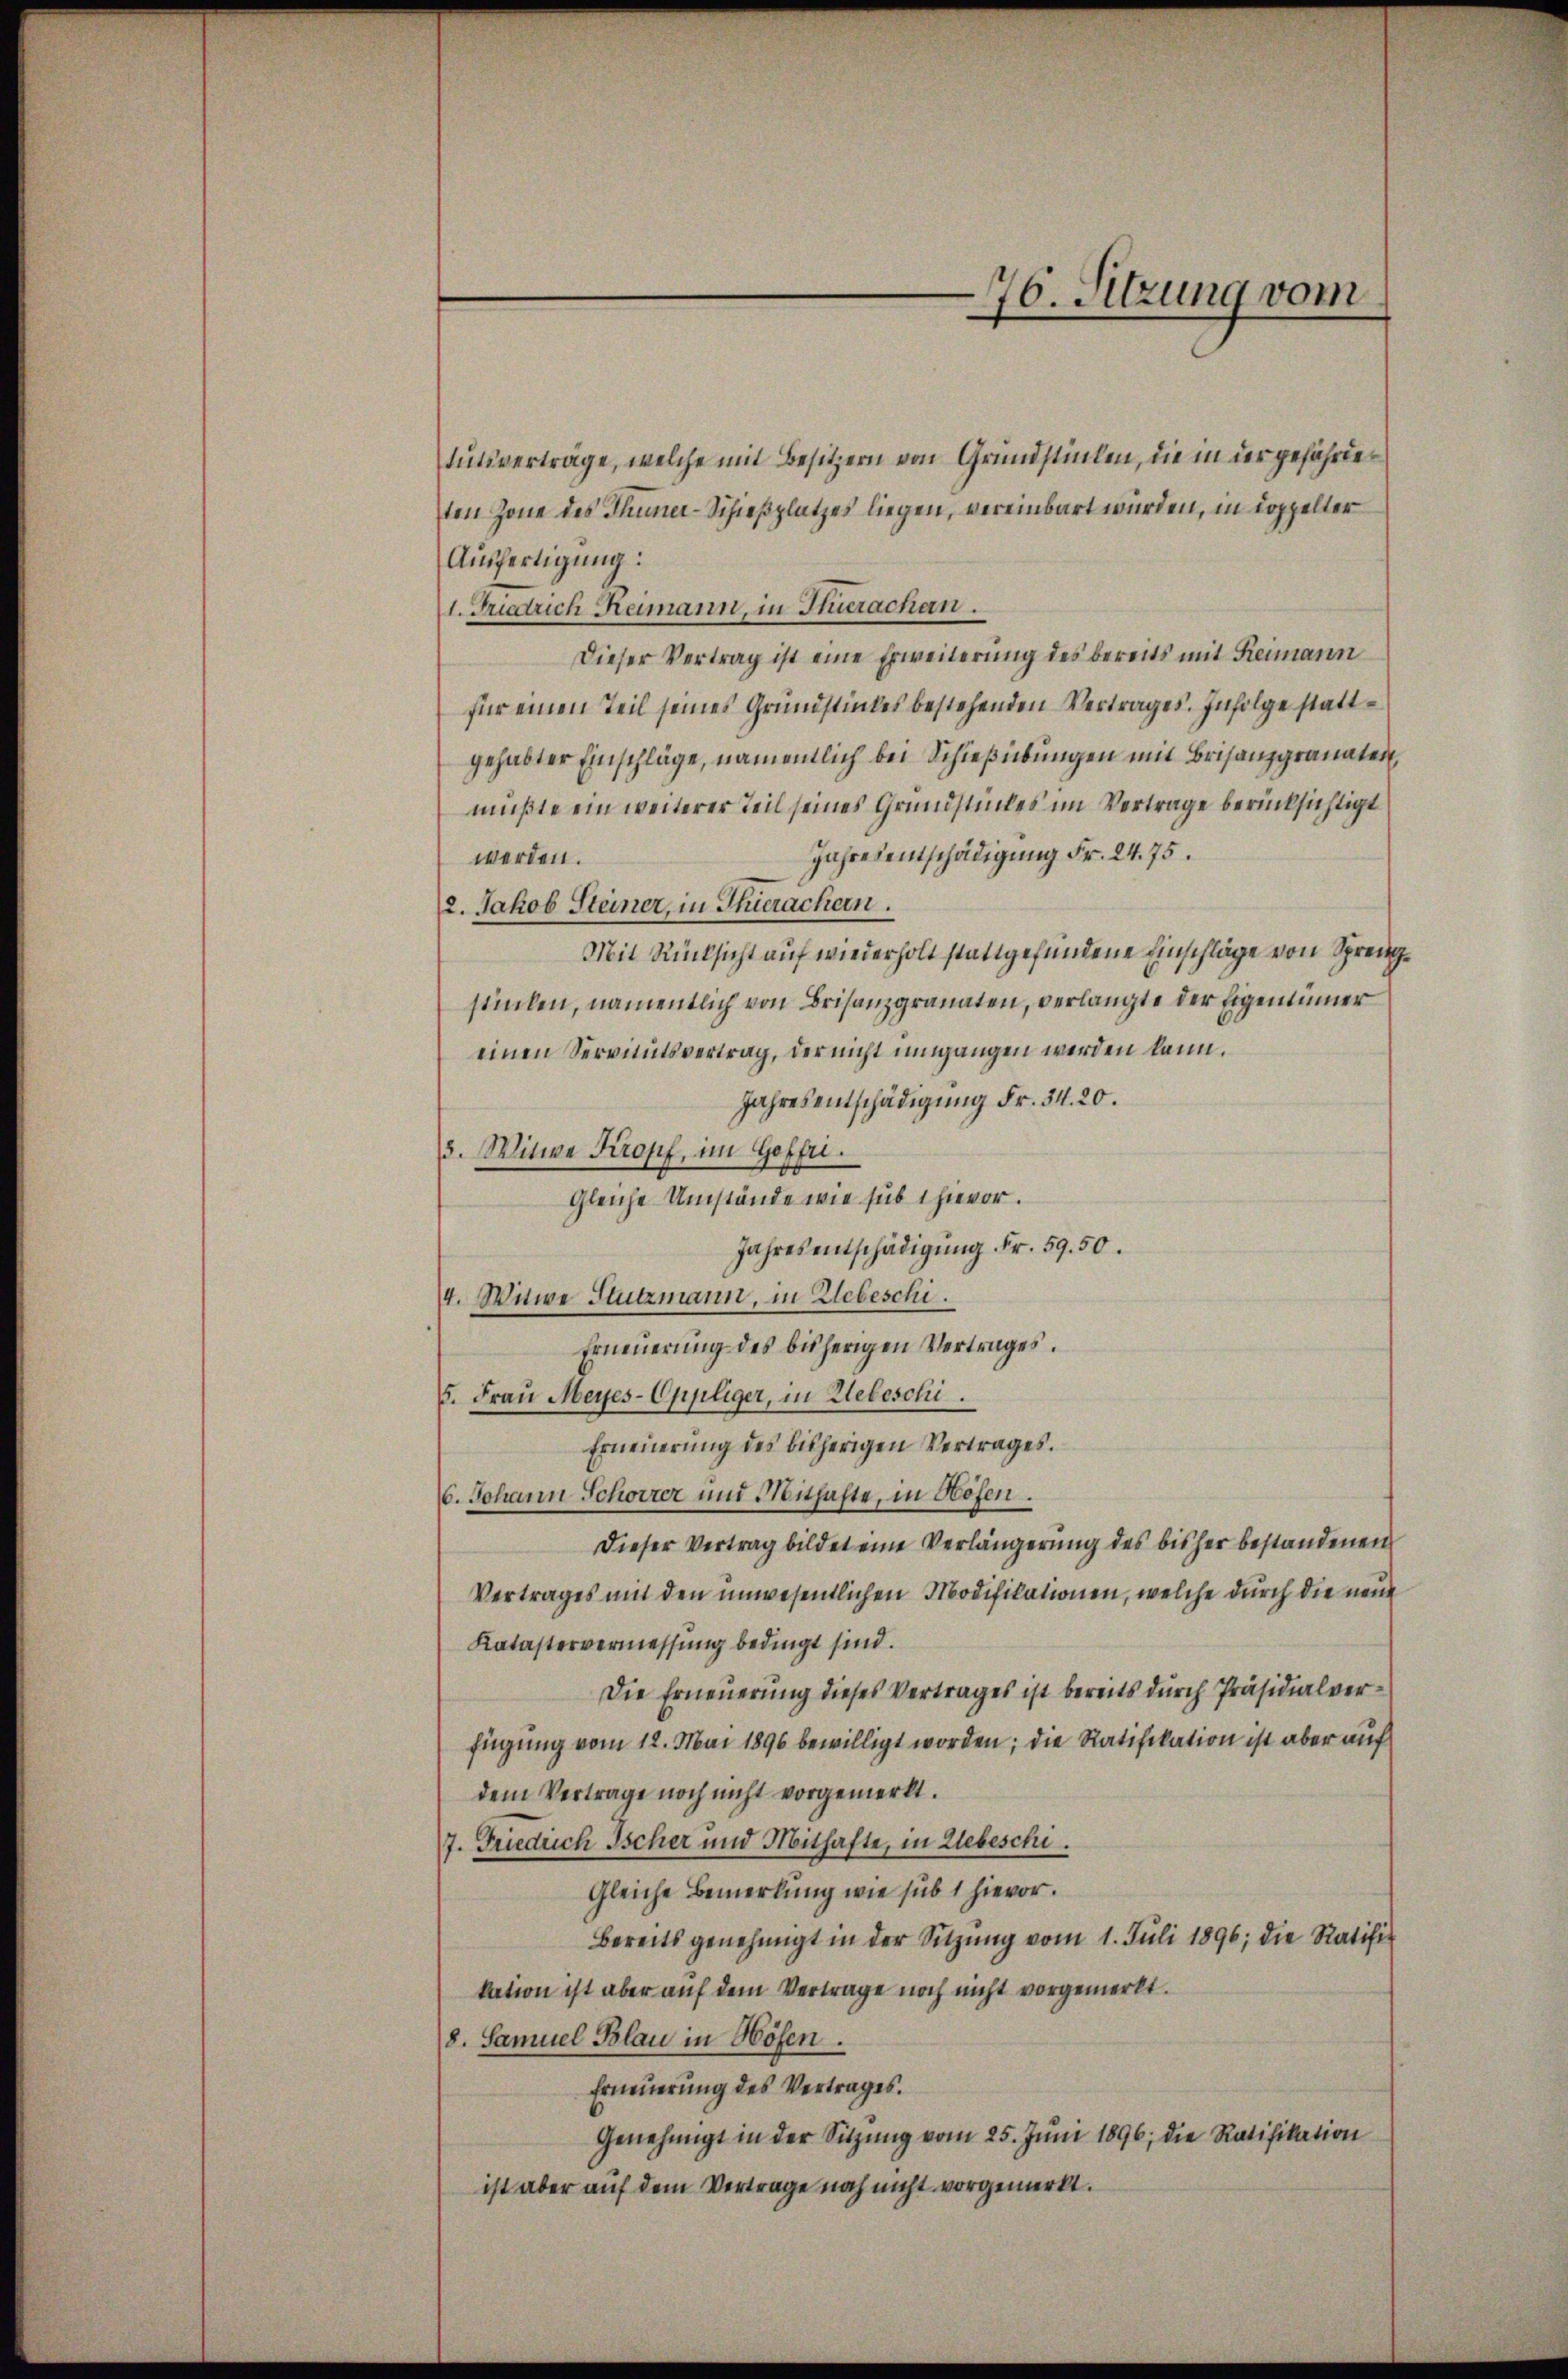
76. Sitzung vom

tutsverträge, welche mit Besitzern von Grundstücken, die in der gefährder
ten Zone des Thuner-Schießplatzes liegen, vereinbart würden, in doppelter
Ausfertigung:
1. Friedrich Reimann, in Herachen.
Dieser Vertrag ist eine Erweiterung des bereits mit Reimann
für einen Teil seines Grundstückes bestehenden Vertrages. Infolge stattgehabter Einschläge, namentlich bei Schießübungen mit Brisanzgranaten,
mußte ein weiterer Teil seines Grundstückes im Vertrage berücksichtigt
Jahresentschädigung Fr. 24. 75.
werden.
2. Jakob Steiner, in Thierachern.
Mit Rücksicht auf wiederholt stattgefundene Einschläge von Sprengstilen, namentlich von Brisanzgranaten, verlangte der Eigentümer
einen Servitutsvertrag, der nicht umgangen werden kann.
Jahresentschädigung Fr. 34. 20.
5. Witwe Kropf, im Geffri.
Gleiche Umstände wie sub 1 hievor.
Jahresentschädigung Fr. 59. 50.
4. Witwe Stutzmann, in Webeschi.
Erneŭerŭng des bisherigen Vertrages.
5. Frau Meyes-Oppliger, in Webeschi.
Erneuerung des bisherigen Vertrages.
6. Johann Schonzer und Mithafte, in Hofen.
Dieser Vertrag bildet eine Verlängerung des bisher bestandenen
Vertrages mit den unwesentlichen Modifikationen, welche durch die neue
Katastervermessung bedingt sind.
Die Erneuerung dieses Vertrages ist bereits durch Präsidialverfügung vom 12. Mai 1896 bewilligt worden; die Ratifikation ist aber auf
dem Vertrage noch nicht vorgemerkt.
7. Friedrich Ischer und Mithafte, in Uebeschi.
Gleiche Bemerkung wie sub 1 hievor.
Bereits genehmigt in der Sitzŭng vom 1. Juli 1896; die Ratifikation ist aber auf dem Vertrage noch nicht vorgemerkt.
8. Samuel Blau in Höhen.
Erneuerung des Vertrages.
Genehmigt in der Sitzŭng vom 25. Jŭni 1896; die Ratifikation
ist aber auf dem Vertrage noch nicht vorgemerkt.